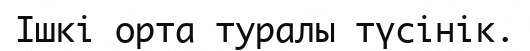
Ішкі орта туралы түсінік.